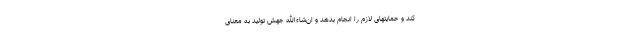
کند و حمایتهای لازم را انجام بدهد و ان‌شاءالله جهش تولید به معنای